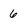
Character: 6